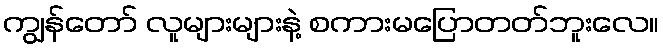
ကျွန်တော် လူများများနဲ့ စကားမပြောတတ်ဘူးလေ။